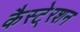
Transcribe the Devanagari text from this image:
कैस्टे्रशन